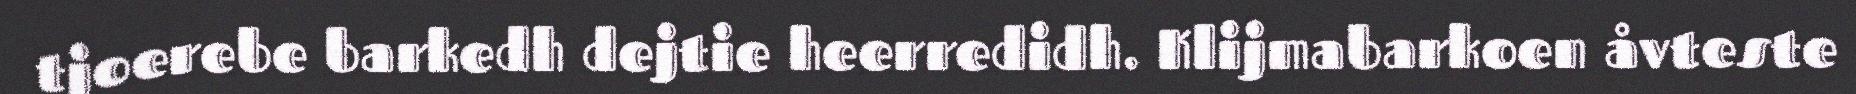
tjoerebe barkedh dejtie heerredidh. Klijmabarkoen åvteste